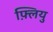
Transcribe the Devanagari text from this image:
फ़्लियु